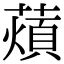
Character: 薠